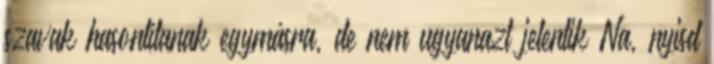
szavak hasonlítanak egymásra, de nem ugyanazt jelentik Na, nyisd